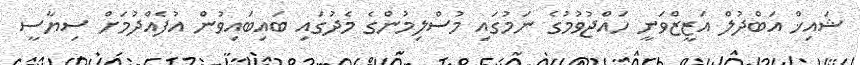
ޝައިޚް އަބްދުލް އަޒީޒްވަނީ ހައްޖުވުމުގެ ނަމުގައި މުސްލިމުންގެ މެދުގައި ބައިބައިވުން އުފެއްދުމަށް ސިޔާސީ